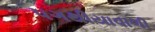
પગથીયાવાળી